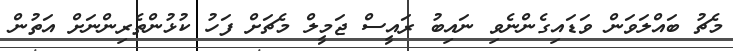
މެޗު ބައްލަވަން ވަޑައިގެންނެވި ނައިބު ރައީސް ޖަމީލް މެޗަށް ފަހު ކުޅުންތެރިންނަށް އަތުން